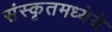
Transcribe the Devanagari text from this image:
संस्कृतमध्येये